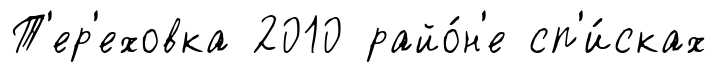
Т'ер'еховка 2010 райо́н'е сп'и́сках